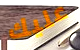
عليك